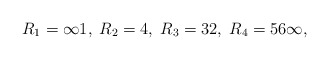
\begin{align*}R_1=\infty1,\;R_2=4,\; R_3=32,\;R_4=56\infty,\end{align*}